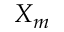
X _ { m }